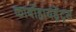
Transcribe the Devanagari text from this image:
कार्बोहायड्रेट्रस